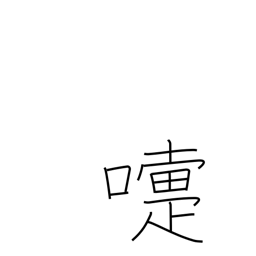
Meaning: sneeze